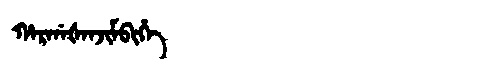
Manchu: ᡥᠠᡵᡤᠠᡧᠠᠨᠵᡳᠮᠪᡳᡥᡝ
Romanization: HARGAŠANJIMBIHE